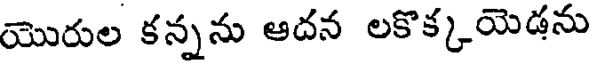
యొరుల కన్నను ఆదన లకొక్కయెడను